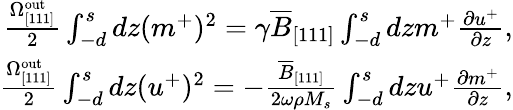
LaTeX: \begin{array}{r}{\frac{\Omega_{\mathrm{[111]}}^{\mathrm{out}}}{2}\int_{-d}^{s}dz(m^{+})^{2}=\gamma\overline{{B}}_{[111]}\int_{-d}^{s}dzm^{+}\frac{\partial u^{+}}{\partial z},}\\ {\frac{\Omega_{\mathrm{[111]}}^{\mathrm{out}}}{2}\int_{-d}^{s}dz(u^{+})^{2}=-\frac{\overline{{B}}_{[111]}}{2\omega\rho M_{s}}\int_{-d}^{s}dzu^{+}\frac{\partial m^{+}}{\partial z},}\end{array}